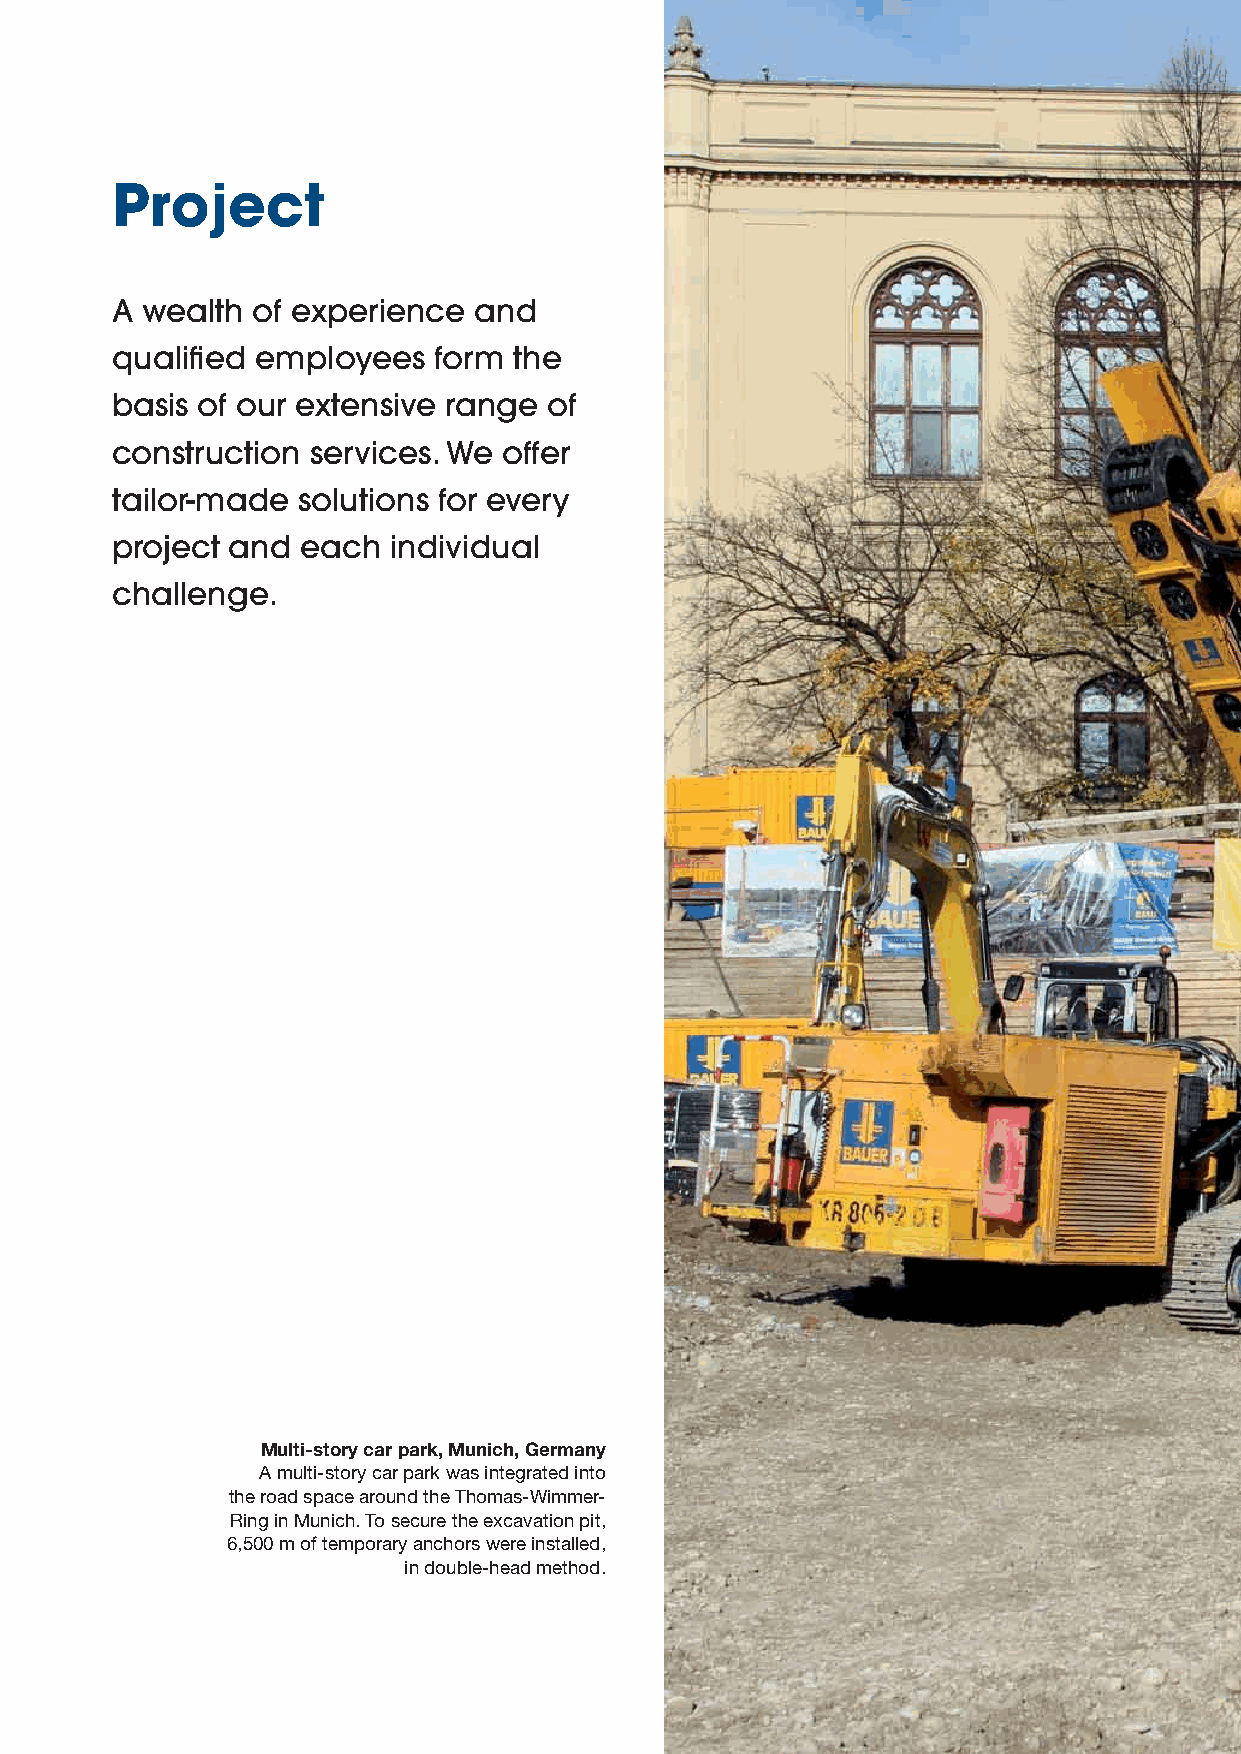
Project
 A wealth  of experience and
 qualifi ed employees  form the
 basis of our extensive range of
 construction  services. We offer
 tailor-made  solutions for every
 project and  each  individual
 challenge.
 Multi-story car park, Munich, Germany
 A multi-story car park was integrated into
 the road space around the Thomas-Wimmer-
 Ring in Munich. To secure the excavation pit,
 6,500 m of temporary anchors were installed,
 in double-head method.